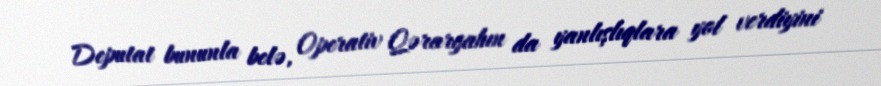
Deputat bununla belə, Operativ Qərargahın da yanlışlıqlara yol verdiyini